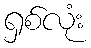
ရှစ်လုံး